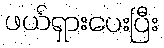
ဖယ်ရှားပေးပြီး